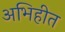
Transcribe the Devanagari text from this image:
अभिहीत